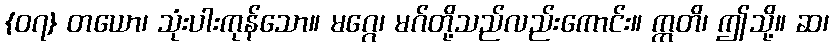
{၀၇} တယော၊ သုံးပါးကုန်သော။ မဂ္ဂေ၊ မဂ်တို့သည်လည်းကောင်း။ ဣတိ၊ ဤသို့။ ဆ၊